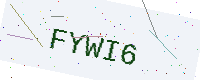
Text: FYWI6